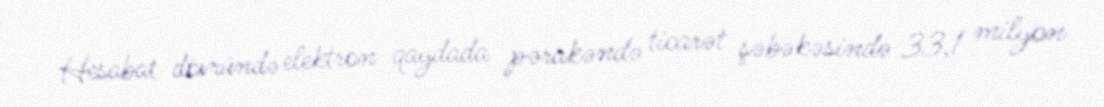
Hesabat dövründə elektron qaydada pərakəndə ticarət şəbəkəsində 33,1 milyon